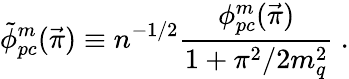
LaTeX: \tilde{\phi}_{pc}^{m}(\vec{\pi})\equiv n^{-1/2}{\frac{\phi_{pc}^{m}(\vec{\pi})}{1+\pi^{2}/2m_{q}^{2}}}~.